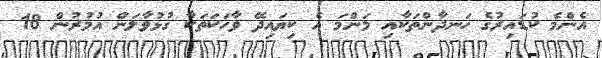
އެންމެ ކުޑައިރުގެ ހަނދާންތަކާއި މަންމަ އެ ކިޔައިދޭ ވާހަކަތަކާ ގުޅުވާލަން އުމުރުން 18